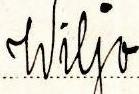
Wiljo